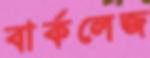
বার্কলেজ